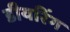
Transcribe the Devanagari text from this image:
डीयरिंग